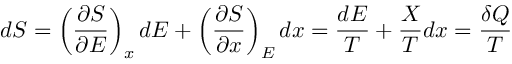
d S = \left( { \frac { \partial S } { \partial E } } \right) _ { x } d E + \left( { \frac { \partial S } { \partial x } } \right) _ { E } d x = { \frac { d E } { T } } + { \frac { X } { T } } d x = { \frac { \delta Q } { T } }